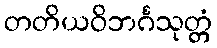
တတိယဝိဘင်္ဂသုတ္တံ